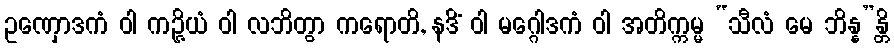
ဥဏှောဒကံ ဝါ ကဉ္ဇိယံ ဝါ လဘိတွာ ကရောတိ, နဒိံ ဝါ မဂ္ဂေါဒကံ ဝါ အတိက္ကမ္မ “သီလံ မေ ဘိန္န”န္တိ